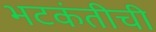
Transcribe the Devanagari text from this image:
भटकंतीची